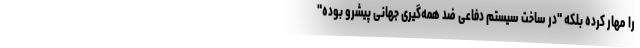
را مهار کرده بلکه "در ساخت سیستم دفاعی ضد همه‌گیری جهانی پیشرو بوده"